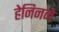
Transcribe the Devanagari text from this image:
हेनिनने